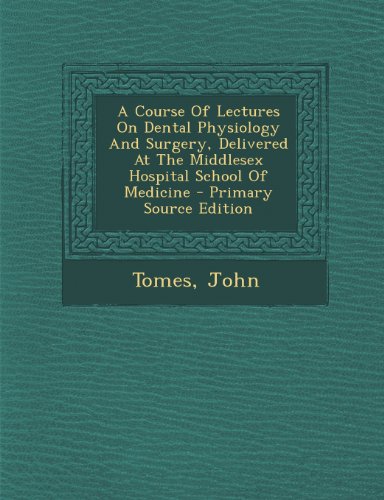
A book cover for A Course Of Lectures On Dental Physiology And Surgery, Delivered At The Middlesex Hospital School Of Medicine - Primary Source Edition; Tomes John; Medical Books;